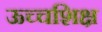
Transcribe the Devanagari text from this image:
ऊच्चशिक्ष